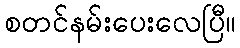
စတင်နမ်းပေးလေပြီ။